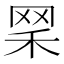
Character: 𦊘